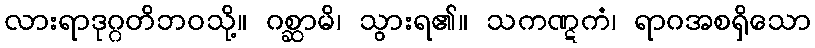
လားရာဒုဂ္ဂတိဘဝသို့။ ဂစ္ဆာမိ၊ သွားရ၏။ သကဏ္ဋကံ၊ ရာဂအစရှိသော